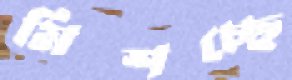
মিশচ্ছে